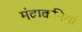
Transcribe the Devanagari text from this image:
मंदाकनियां